Annual statistical returns and brief notes on vaccination in Bengal - 1887-1898
Year: 1887
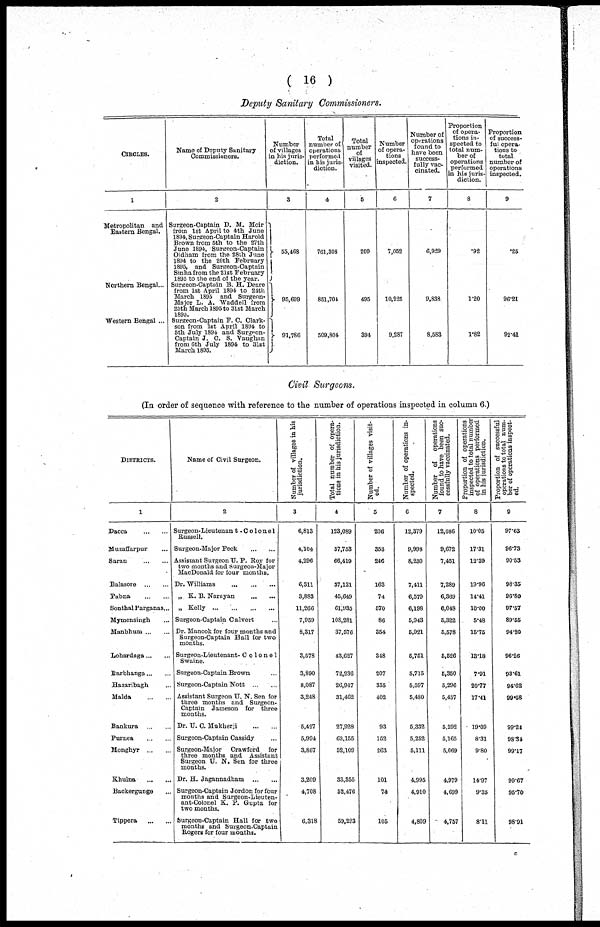
( 16 )
Deputy Sanitary Commissioners.
CIRCLES.
1
Metropolitan and
Eastern Bengal.
Northern Bengal...
Western Bengal ...
Name of Deputy Sanitary
Commissioners.
2
Surgeon-Captain D. M. Moir
from 1st April to 4th June
1894, Surgeon-Captain Harold
Brown from 6th to the 27th
June 1894, Surgeon-Captain
Oldham from the 28lh June
1894 to the 20th February
1895, and Surgeon-Captain
Sinha from the 21st February
1895 to the end of the year.
Surgeon-Captain B. H. Deare
from 1st April 1894 to 21th
March 1895 and Surgeon¬
Major L. A. Waddell from
25th March 1895 to 31st March
1895.
Surgeon-Captain P. C. Clark¬
son from 1st April 1894 to
5th July 1894 and Surgeon¬
Captain J. C. S. Vaughan
from 6th July 1894 to 31st
March 1895.
Number
of villages
in his juris¬
diction.
3
55,468
95,699
91,786
Total
number of
operations
performed
in his juris-
diction.
4
761,308
851,701
509,804
Total
number
of
villages
visited.
5
209
495
394
Number
of opera-
tions
inspected.
6
7,052
10,225
9,287
Number of
operations
found to
have been
success-
---ly vac-
cinated.
7
6,929
9,838
8,583
Proportion
of opera-
tions in-
spected to
total num-
ber of
operations
performed
in his juris-
diction.
8
.92
1.20
1.82
Proportion
of success-
ful opera¬
tions to
total
number of
operations
inspected.
9
.25
96.21
92.41
Civil Surgeons.
(In order of sequence with reference to the number of operations inspected in column 6.)
DISTRICTS.
1
Dacca
...
...
Muzaffarpur ...
Saran
...
...
Balasore
...
...
Pabna
...
...
Sonthal Parganas ...
Mymensingh ...
Manbhum ... ...
Lohardaga ... ...
Darbhanga ... ...
Hazaribagh ...
Malda
...
...
Bankura
...
...
Purnea
...
...
Monghyr
...
...
Khulna ... ...
Backergunge ...
Tippera
...
...
Name of Civil Surgeon.
2
Surgeon-Lieutenan t- Colonel
Russell.
Surgeon-Major Peck
...
...
Assistant Surgeon U. P. Roy for
two months and Surgeon-Major
MacDonald for four months.
Dr. Williams
...
...
...
„ K. B. Narayan
...
...
„ Kelly... ... ... ...
Surgeon-Captain Calvert ...
Dr. Manook for four months and
Surgeon-Captain Ball for two
months.
Surgeon-Lieutenant- Colonel
Swaine.
Surgeon-Captain Brown ...
Surgeon-Captain Nott
...
...
Assistant Surgeon U. N. Sen for
three months and Surgeon¬
Captain Jameson for three
months.
Dr. U. C. Mukuerji
...
...
Surgeon-Captain Cassidy ...
Surgeon-Major Crawford for
three months and Assistant
Surgeon U. N. Sen for three
months.
Dr. H. Jagannadham
...
...
Surgeon-Captain Jordon for four
months and Surgeon-Lieuten-
ant-Colonel K. P. Gupta for
two months.
Burgeon-Captain Hall for two
months and Surgeon-Captain
Rogers for four months.
Number of villages in his
jurisdiction.
3
6,813
4,104
4,296
6,311
3,883
11,266
7,959
8,317
3,578
3,890
8,087
3,248
5,497
5,994
3,867
3,209
4,708
6,318
Total number of opera-
tions in his jurisdiction.
4
123,089
57,753
66,419
37,121
45,649
61,935
108,281
37,576
43,627
72,236
26,947
31,462
27,928
63,155
52,109
33,355
52,476
59,293
Number of villages visit-
ed.
5
206
353
246
163
74
570
86
354
348
207
355
402
93
152
263
101
74
105
Number of operations in-
spected.
6
12,379
9,998
8,230
7,411
6,579
6,198
5,943
5,921
5,751
5,715
5,397
5,480
5,332
5,252
5,111
4,995
4,910
4,809
Number of operations
found to have been suc-
cessfully vaccinated.
7
12,086
9,672
7,451
7,289
6,369
6,048
5,322
5,578
5,526
5,350
5,296
5,457
5,292
5,165
5,069
4,979
4,699
4,757
Proportion of operations
inspected to total number
of operations performed
in his jurisdiction.
8
10.05
17.31
12.39
19.96
14.41
10.00
5.48
15.75
13.18
7.91
20.77
17.41
19.09
8.31
9.80
14.97
9.35
8.11
Proportion of successful
operations to total num-
ber of operations inspect-
ed.
9
97.63
96.73
90.53
98.35
96.80
97.57
89.55
94.20
96.26
93.61
94.62
99.58
99.24
98.34
99.17
99.67
95.70
98.91
c